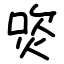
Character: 焁